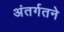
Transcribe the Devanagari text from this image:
अंतर्गतने